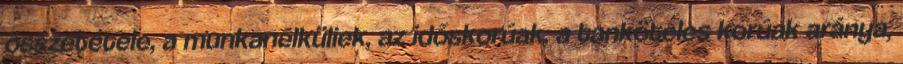
összetétele, a munkanélküliek, az időskorúak, a tanköteles korúak aránya,